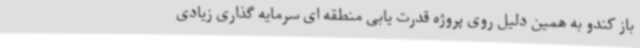
باز کندو به همین دلیل روی پروژه قدرت یابی منطقه ای سرمایه گذاری زیادی